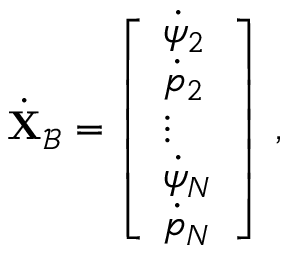
\dot { \mathbf { X } } _ { \mathcal { B } } = \left[ \begin{array} { l } { \dot { \psi } _ { 2 } } \\ { \dot { p } _ { 2 } } \\ { \vdots } \\ { \dot { \psi } _ { N } } \\ { \dot { p } _ { N } } \end{array} \right] \, ,